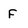
Character: F